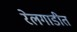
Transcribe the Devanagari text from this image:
रेलगाडीत